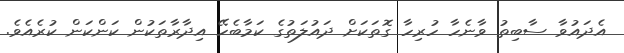
އެދައުވާ ސާބިތު ވާނެހާ ހުރިހާ ގޮތަކަށް ދައުލަތުގެ ކަމާބެހޭ އިދާރާތަކުން ކަންކަން ކުރެއެވެ.